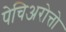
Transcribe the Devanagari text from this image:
पेचिअरोत्तो